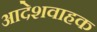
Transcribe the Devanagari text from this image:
आदेशवाहक